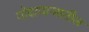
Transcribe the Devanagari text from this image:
गोदापाञातील